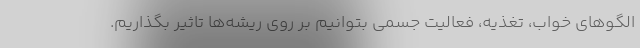
الگوهای خواب، تغذیه، فعالیت جسمی بتوانیم بر روی ریشه‌ها تاثیر بگذاریم.